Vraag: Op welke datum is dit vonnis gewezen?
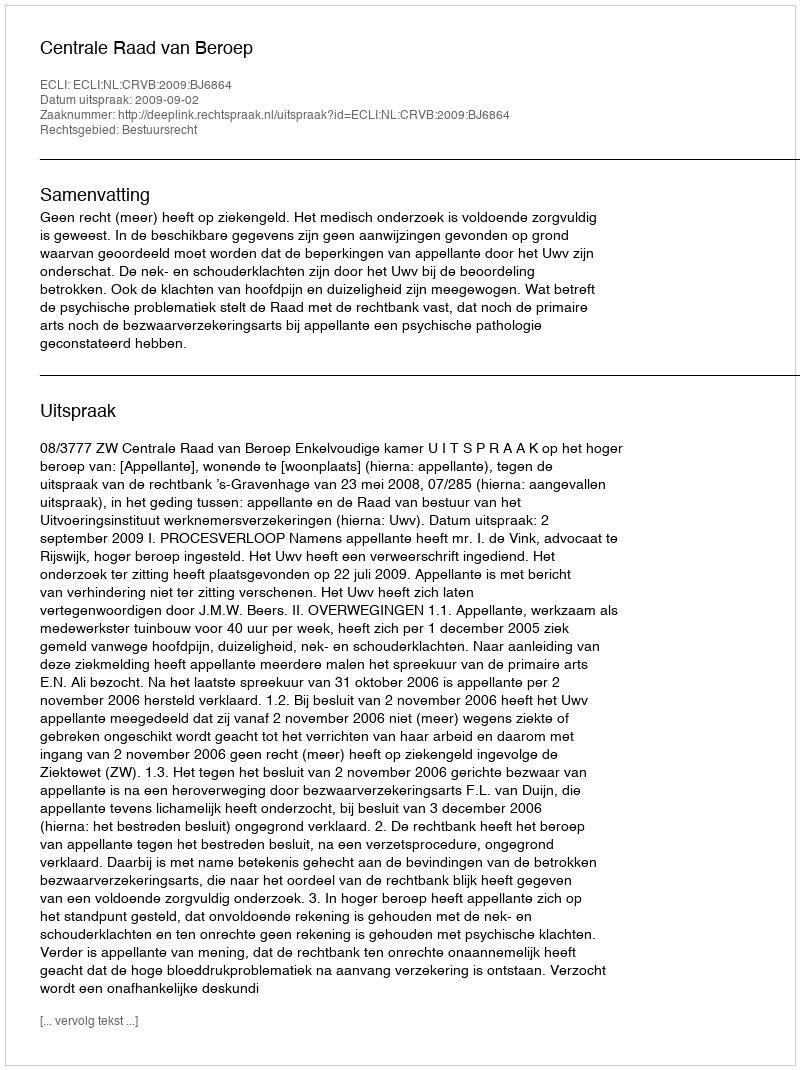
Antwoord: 2009-09-02